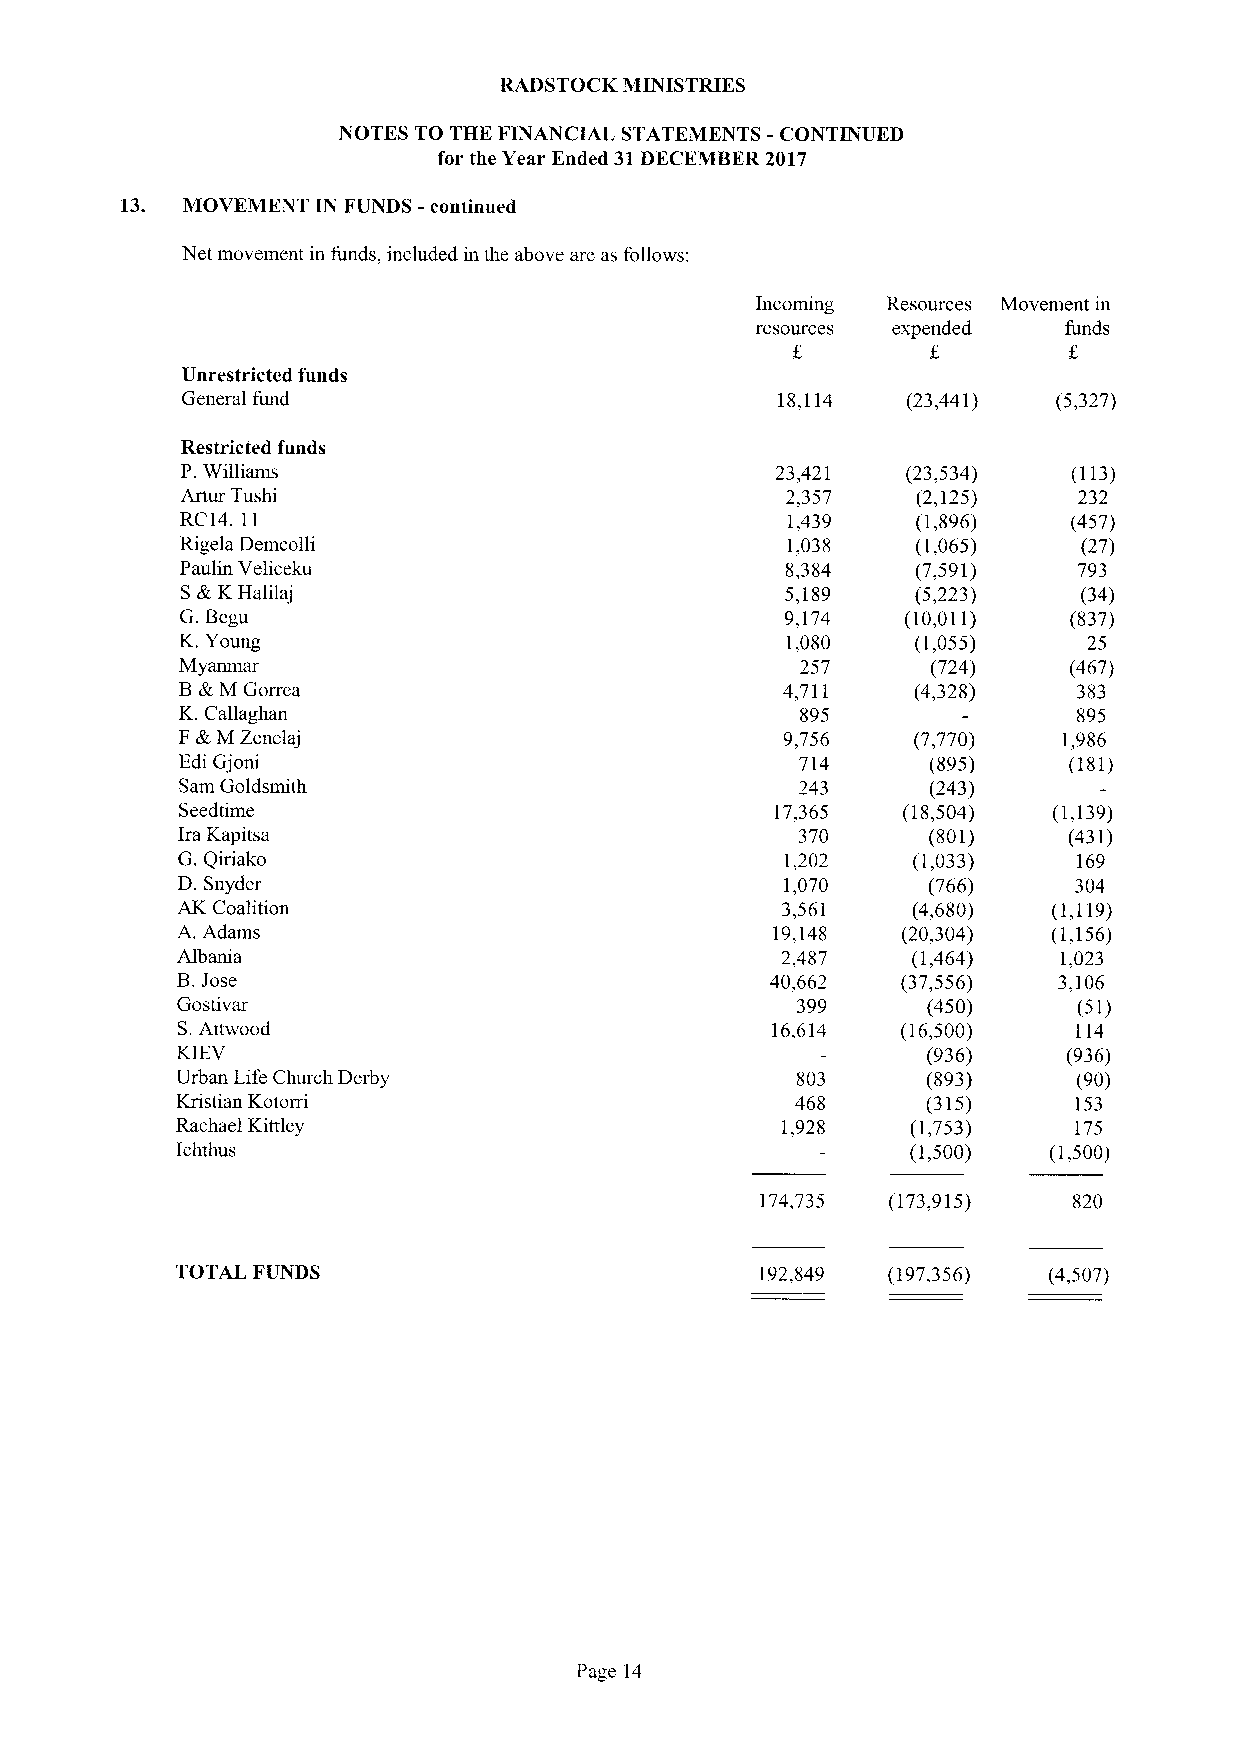
RADSTOCK MINISTRIES
 NOTES TO THE FINANCIAL STATEMENTS -CONTINUED
 for the Year Ended 31DECEMBER 2017
 13. MOVEMENT IN FUNDS -continued
 Net movement in funds, included in the above are as follows:
 Incoming Resources Movement in
 resources expended   funds
 Unrestricted funds
 General fund                            18,114  (23,441)  (5,327)
 Restricted funds
 P.Williams                             23,421   (23,534)   (113)
 Artur Tushi                             2,357    (2,125)   232
 RC14. 11                                1,439    (1,896)   (457)
 Rigela Demcolli                         1,038    (1,065)    (27)
 Paulin Veliceku                         8,384    (7,591)   793
 S&.KHalilaj                             5,189    (5,223)    (34)
 G.Begu                                  9,174   (10,011)   (837)
 K.Young                                 1,080    (1,055)    25
 Myamnar                                  257      (724)    (467)
 B&M Gorrea                              4,711    (4,328)   383
 K.Callaghan                              895               895
 F&M Zenelaj                             9,756    (7,770)  1,986
 Edi Gjoni                                714      (895)    (181)
 Sam Goldsmith                            243      (243)
 Seedtime                               17,365   (18,504)  (1,139)
 Ira Kapitsa                              370      (801)    (431)
 G.Qiriako                               1,202   (1,033)    169
 D. Snyder                               1,070    (766)     304
 AK Coalition                            3,561   (4,680)   (1,119)
 A. Adams                               19,148   (20,304)  (1,156)
 Albania                                 2,487   (1,464)   1,023
 B.Jose                                 40,662   (37,556)  3,106
 Gostivar                                 399     (450)     (51)
 S.Attwood                              16,614   (16,500)   114
 KIEV                                             (936)     (936)
 Urban Life Church Derby                  803     (893)     (90)
 Kristian Kotorri                         468     (315)     153
 Rachael Kittley                         1,928   (1,753)    175
 Ichthus                                         (1,500)  (1,500)
 174,735  (173,915)   820
 TOTAL FUNDS                           192,849  (197,356) (4,507)
 Page 14